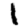
Digit: 1